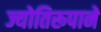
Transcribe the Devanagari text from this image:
ज्योतिरूपाने